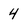
Character: 4